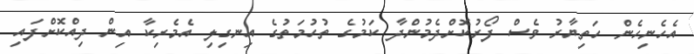
އެހެނިހެން ހަތިޔާރު ވެސް ފޯރުކޮށްދެމުންދާ ކަމުގެ ތުހުމަތުގެ އިނގިލި އެމެރިކާ އިން ދިއްކޮށްފައި